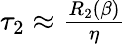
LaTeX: \begin{array}{r}{\tau_{2}\approx\frac{R_{2}(\beta)}{\eta}}\end{array}